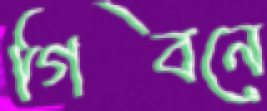
গিবনে